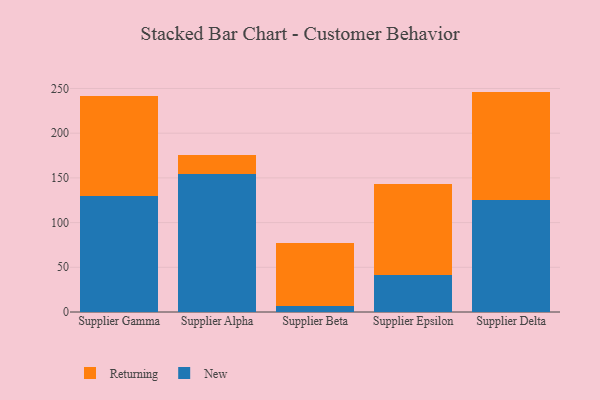
{"axis": {"x": "Supplier", "y": "Satisfaction Score"}, "legend": ["New", "Returning"], "data": [{"x": "Supplier Gamma", "y": 129.2, "type": "New"}, {"x": "Supplier Gamma", "y": 112.6, "type": "Returning"}, {"x": "Supplier Alpha", "y": 153.8, "type": "New"}, {"x": "Supplier Alpha", "y": 21.4, "type": "Returning"}, {"x": "Supplier Beta", "y": 7.0, "type": "New"}, {"x": "Supplier Beta", "y": 70.4, "type": "Returning"}, {"x": "Supplier Epsilon", "y": 41.7, "type": "New"}, {"x": "Supplier Epsilon", "y": 102.0, "type": "Returning"}, {"x": "Supplier Delta", "y": 125.4, "type": "New"}, {"x": "Supplier Delta", "y": 121.1, "type": "Returning"}]}